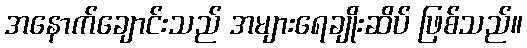
အနောက်ချောင်းသည် အများရေချိုးဆိပ် ဖြစ်သည်။